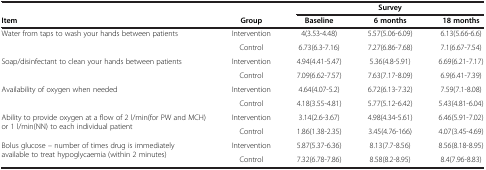
<table><thead><tr><td><b> </b></td><td><b> </b></td><td colspan="3"><b>Survey</b></td></tr><tr><td><b>Item</b></td><td><b>Group</b></td><td><b>Baseline</b></td><td><b>6 months</b></td><td><b>18 months</b></td></tr></thead><tbody><tr><td rowspan="2">Water from taps to wash your hands between patients</td><td>Intervention</td><td>4(3.53-4.48)</td><td>5.57(5.06-6.09)</td><td>6.13(5.66-6.6)</td></tr><tr><td>Control</td><td>6.73(6.3-7.16)</td><td>7.27(6.86-7.68)</td><td>7.1(6.67-7.54)</td></tr><tr><td rowspan="2">Soap/disinfectant to clean your hands between patients</td><td>Intervention</td><td>4.94(4.41-5.47)</td><td>5.36(4.8-5.91)</td><td>6.69(6.21-7.17)</td></tr><tr><td>Control</td><td>7.09(6.62-7.57)</td><td>7.63(7.17-8.09)</td><td>6.9(6.41-7.39)</td></tr><tr><td rowspan="2">Availability of oxygen when needed</td><td>Intervention</td><td>4.64(4.07-5.2)</td><td>6.72(6.13-7.32)</td><td>7.59(7.1-8.08)</td></tr><tr><td>Control</td><td>4.18(3.55-4.81)</td><td>5.77(5.12-6.42)</td><td>5.43(4.81-6.04)</td></tr><tr><td rowspan="2">Ability to provide oxygen at a flow of 2 l/min(for PW and MCH) or 1 l/min(NN) to each individual patient</td><td>Intervention</td><td>3.14(2.6-3.67)</td><td>4.98(4.34-5.61)</td><td>6.46(5.91-7.02)</td></tr><tr><td>Control</td><td>1.86(1.38-2.35)</td><td>3.45(4.76-166)</td><td>4.07(3.45-4.69)</td></tr><tr><td rowspan="2">Bolus glucose – number of times drug is immediately available to treat hypoglycaemia (within 2 minutes)</td><td>Intervention</td><td>5.87(5.37-6.36)</td><td>8.13(7.7-8.56)</td><td>8.56(8.18-8.95)</td></tr><tr><td>Control</td><td>7.32(6.78-7.86)</td><td>8.58(8.2-8.95)</td><td>8.4(7.96-8.83)</td></tr></tbody></table>